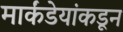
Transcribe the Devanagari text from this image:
मार्कंडेयांकडून